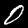
Digit: 0